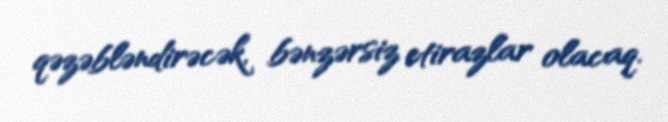
qəzəbləndirəcək, bənzərsiz etirazlar olacaq.